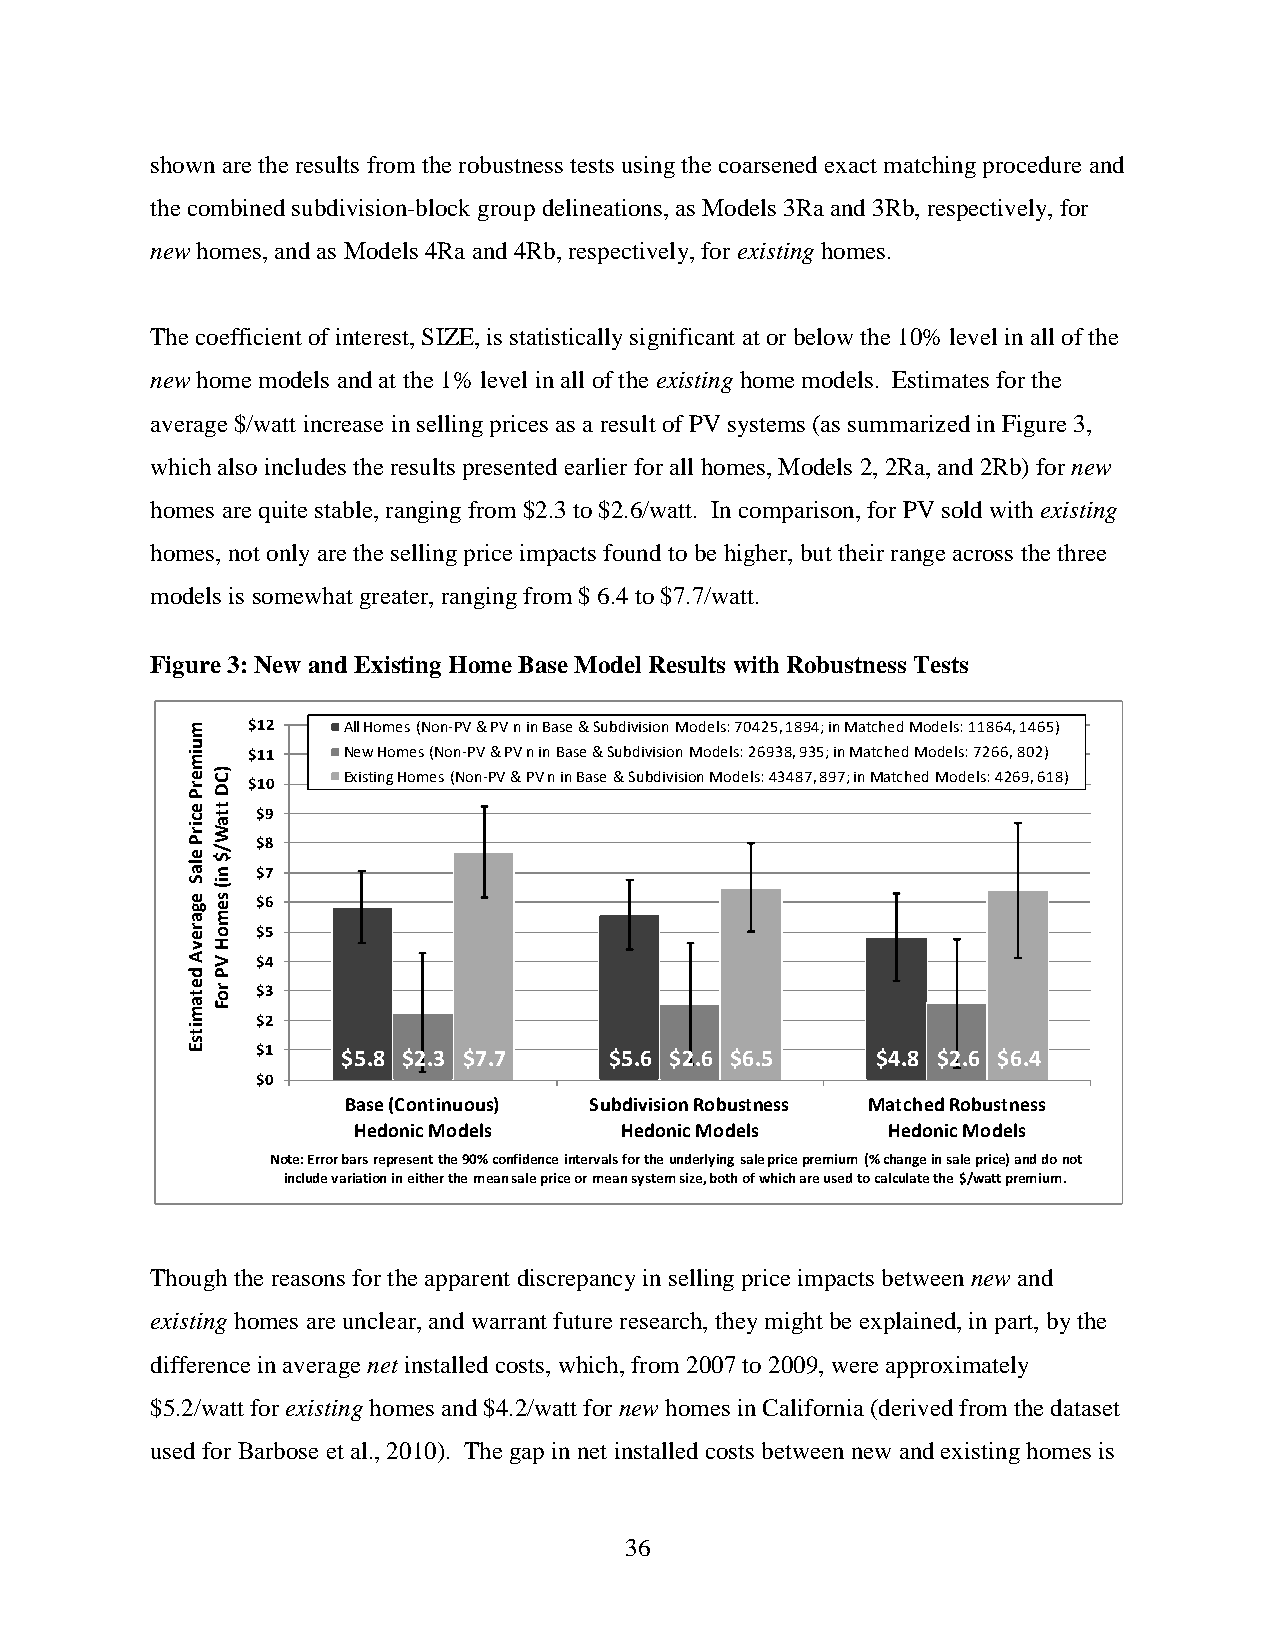
shown are the results from the robustness tests using the coarsened exact matching procedure and
 the combined subdivision-block group delineations, as Models 3Ra and 3Rb, respectively, for
 new homes, and as Models 4Ra and 4Rb, respectively, for existing homes.
 The coefficient of interest, SIZE, is statistically significant at or below the 10% level in all of the
 new home models and at the 1% level in all of the existing home models. Estimates for the
 average $/watt increase in selling prices as a result of PV systems (as summarized in Figure 3,
 which also includes the results presented earlier for all homes, Models 2, 2Ra, and 2Rb) for new
 homes are quite stable, ranging from $2.3 to $2.6/watt. In comparison, for PV sold with existing
 homes, not only are the selling price impacts found to be higher, but their range across the three
 models is somewhat greater, ranging from $ 6.4 to $7.7/watt.
 Figure 3: New and Existing Home Base Model Results with Robustness Tests
 $12    All Homes (Non-PV & PV n in Base & Subdivision Models: 70425, 1894; in Matched Models: 11864, 1465)
 $11    New Homes (Non-PV & PV n in Base & Subdivision Models: 26938, 935; in Matched Models: 7266, 802)
 Existing Homes (Non-PV & PV n in Base & Subdivision Models: 43487, 897; in Matched Models: 4269, 618)
 $10
 $9
 $8
 $7
 $6
 $5
 $4
 $3
 $2
 $1    $5.8 $2.3 $7.7   $5.6 $2.6 $6.5    $4.8 $2.6 $6.4
 $0
 Base (Continuous) S u b d i v i s i o n R o b u s t n e s s Matched Robustness
 Hedonic Models    Hedonic Models    Hedonic Models
 Note: Error bars represent the 90% confidence intervals for the underlying sale price premium (% change in sale price) and donot
 include variation in either the mean sale price or mean system size, both of which are used to calculate the $/watt premium.
 Though the reasons for the apparent discrepancy in selling price impacts between new and
 existing homes are unclear, and warrant future research, they might be explained, in part, by the
 difference in average net installed costs, which, from 2007 to 2009, were approximately
 $5.2/watt for existing homes and $4.2/watt for new homes in California (derived from the dataset
 used for Barbose et al., 2010). The gap in net installed costs between new and existing homes is
 36
 muimerP
 ecirP
 elaS
 egarevA
 detamitsE
 )CD
 ttaW/$
 ni(
 semoH
 VP
 roF